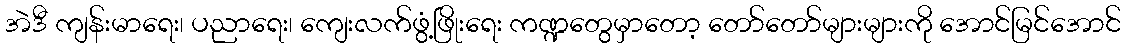
အဲဒီ ကျန်းမာရေး၊ ပညာရေး၊ ကျေးလက်ဖွံ့ဖြိုးရေး ကဏ္ဍတွေမှာတော့ တော်တော်များများကို အောင်မြင်အောင်